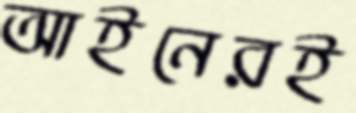
আইনেরই